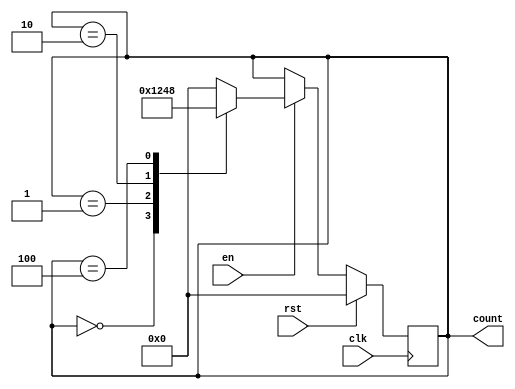
module Ring_Counter_With_Enable (
    input wire clk, // clock signal
    input wire rst, // reset signal
    input wire en, // enable signal
    output reg [3:0] count // output count signal
);

reg [3:0] next_count;

always @(posedge clk) begin
    if (rst) begin
        count <= 4'b0000;
    end else if (en) begin
        count <= next_count;
    end
end

always @* begin
    case(count)
        4'b0000: next_count = 4'b0001;
        4'b0001: next_count = 4'b0010;
        4'b0010: next_count = 4'b0100;
        4'b0100: next_count = 4'b1000;
        4'b1000: next_count = 4'b0000;
        default: next_count = 4'b0000;
    endcase
end

endmodule